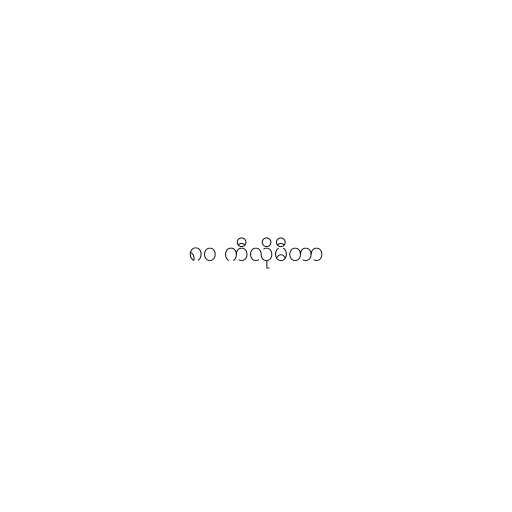
၈၀ ကီလိုမီတာ